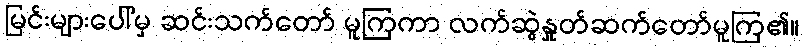
မြင်းများပေါ်မှ ဆင်းသက်တော် မူကြကာ လက်ဆွဲနှုတ်ဆက်တော်မူကြ၏။